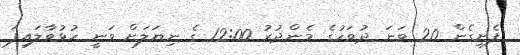
ފެށިގެން 20 ވަނަ ދުވަހުގެ މެންދުރު 12:00 ގެ ނިޔަލަށް ވަނީ ހުޅުވާލައިފަ